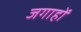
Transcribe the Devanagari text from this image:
जगाहों